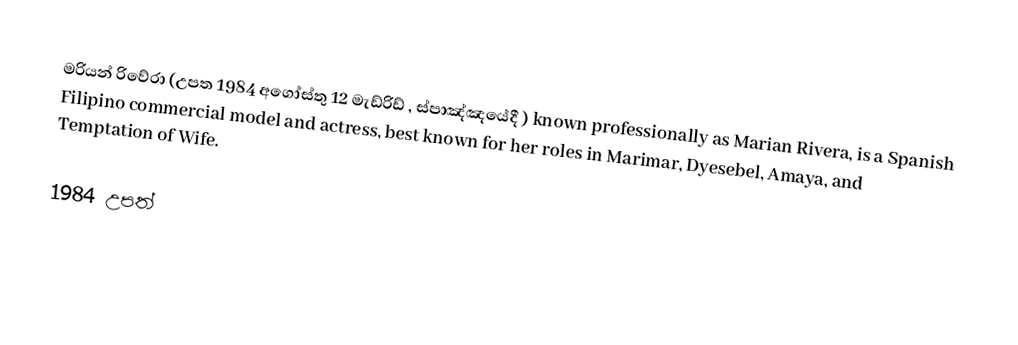
මරියන් රිවේරා (උපත 1984 අගෝස්තු 12 මැඩ්රිඩ් , ස්පාඤ්ඤයේදී ) known professionally as Marian Rivera, is a Spanish Filipino commercial model and actress, best known for her roles in Marimar, Dyesebel, Amaya, and Temptation of Wife.

1984 උපත්